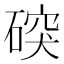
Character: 䃐